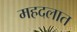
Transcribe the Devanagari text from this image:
महदलात